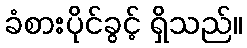
ခံစားပိုင်ခွင့် ရှိသည်။